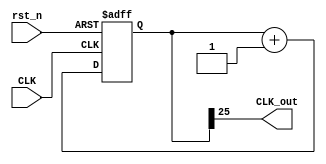
`timescale 1ns / 1ps
`define freq_div_bit 26
module freq_div(
    input CLK,
    input rst_n,
    output CLK_out
    );
    wire [`freq_div_bit-2:0]temp;
    reg [`freq_div_bit-1:0] count;
    reg [`freq_div_bit-1:0] count_temp;
        always@(*)
            count_temp = count+1;
        always@(posedge CLK or negedge rst_n)
        begin
            if(~rst_n)
                count <= `freq_div_bit'd0;
            else
                count <= count_temp;
        end
     assign {CLK_out,temp} = count;
endmodule